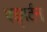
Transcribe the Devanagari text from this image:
एड्गर्टन